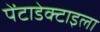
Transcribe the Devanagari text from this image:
पेंटाडेक्टाइला